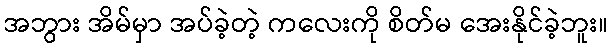
အဘွား အိမ်မှာ အပ်ခဲ့တဲ့ ကလေးကို စိတ်မ အေးနိုင်ခဲ့ဘူး။